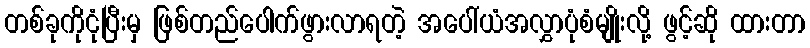
တစ်ခုကိုငုံပြီးမှ ဖြစ်တည်ပေါက်ဖွားလာရတဲ့ အပေါ်ယံအလွှာပုံစံမျိုးလို့ ဖွင့်ဆို ထားတာ